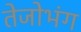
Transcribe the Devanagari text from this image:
तेजोभंग